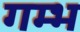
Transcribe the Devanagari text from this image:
गम्भ